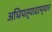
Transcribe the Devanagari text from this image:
अधिपत्यादरम्यान